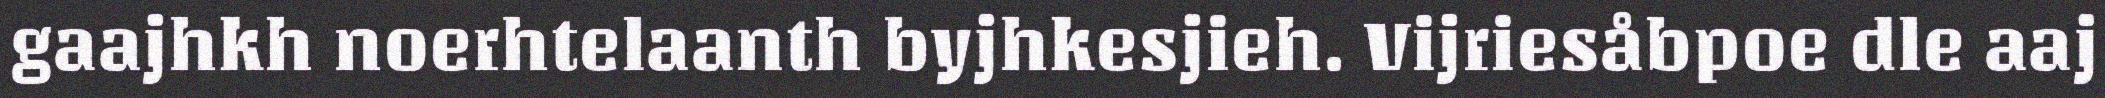
gaajhkh noerhtelaanth byjhkesjieh. Vijriesåbpoe dle aaj